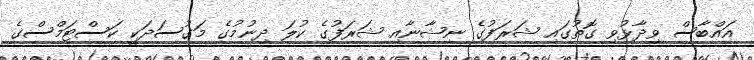
އައްބާސް ވިދާޅުވި ގޮތުގައި ޝަރަފުގެ ނިޝާނާއި ޝަރަފުގެ ކުލަ ދިނުމުގެ މަގުސަދަކީ ކަސްޓަމްސްގެ